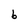
Character: b